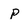
Character: p